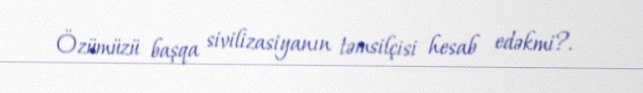
Özümüzü başqa sivilizasiyanın təmsilçisi hesab edəkmi?.